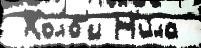
 Холб'и Н'и́ла